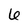
Character: 6